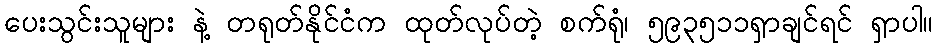
ပေးသွင်းသူများ နဲ့ တရုတ်နိုင်ငံက ထုတ်လုပ်တဲ့ စက်ရုံ၊ ၅၉၃၅၁၁ရှာချင်ရင် ရှာပါ။